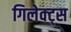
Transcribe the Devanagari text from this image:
गिलेक्ट्स